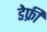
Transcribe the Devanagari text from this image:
डेफ्री